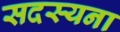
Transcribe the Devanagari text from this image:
सदस्यना